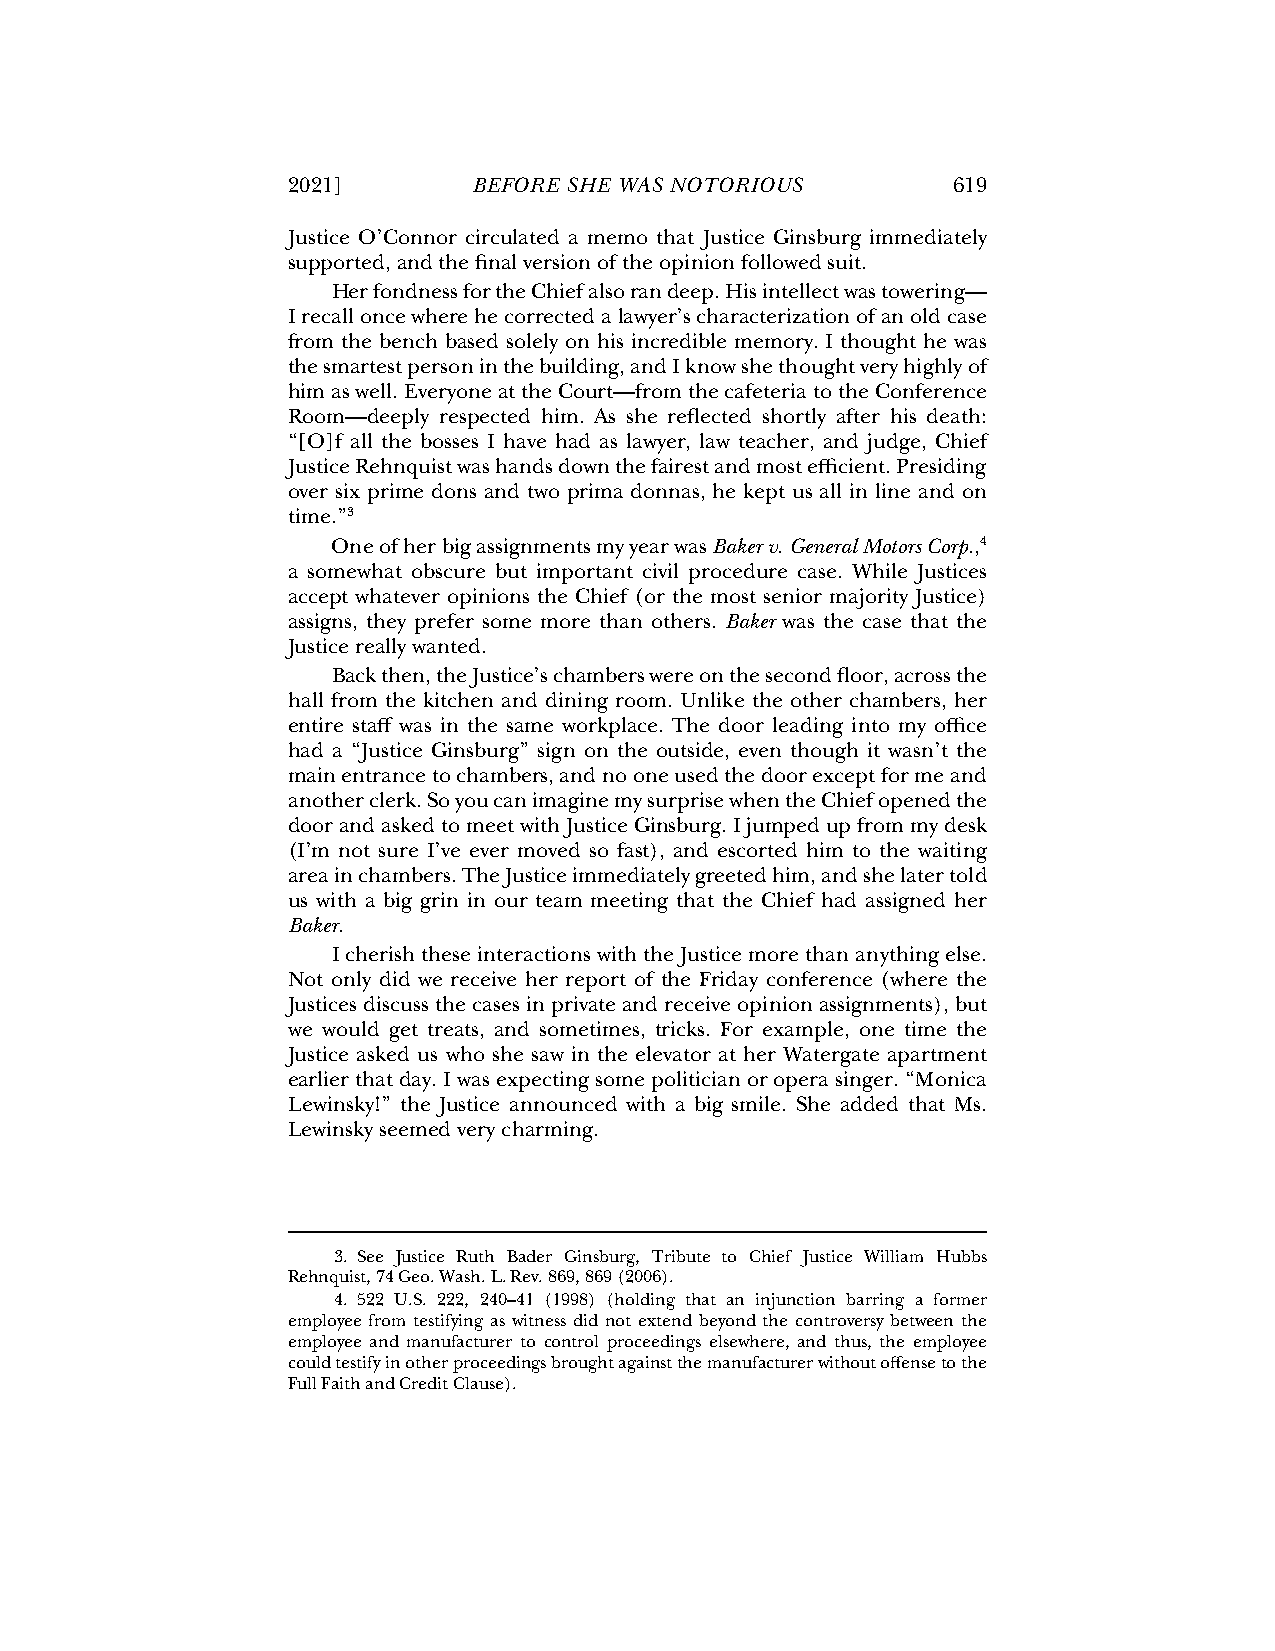
2021]       BEFORE SHE WAS NOTORIOUS        619
 Justice O’Connor circulated a memo that Justice Ginsburg immediately
 supported, and the final version of the opinion followed suit.
 Her fondness for the Chief also ran deep. His intellect was towering—
 I recall once where he corrected a lawyer’s characterization of an old case
 from the bench based solely on his incredible memory. I thought he was
 the smartest person in the building, and I know she thought very highly of
 him as well. Everyone at the Court—from the cafeteria to the Conference
 Room—deeply respected him. As she reflected shortly after his death:
 “[O]f all the bosses I have had as lawyer, law teacher, and judge, Chief
 Justice Rehnquist was hands down the fairest and most efficient. Presiding
 over six prime dons and two prima donnas, he kept us all in line and on
 time.”3
 One of her big assignments my year was Baker v. General Motors Corp.,4
 a somewhat obscure but important civil procedure case. While Justices
 accept whatever opinions the Chief (or the most senior majority Justice)
 assigns, they prefer some more than others. Baker was the case that the
 Justice really wanted.
 Back then, the Justice’s chambers were on the second floor, across the
 hall from the kitchen and dining room. Unlike the other chambers, her
 entire staff was in the same workplace. The door leading into my office
 had a “Justice Ginsburg” sign on the outside, even though it wasn’t the
 main entrance to chambers, and no one used the door except for me and
 another clerk. So you can imagine my surprise when the Chief opened the
 door and asked to meet with Justice Ginsburg. I jumped up from my desk
 (I’m not sure I’ve ever moved so fast), and escorted him to the waiting
 area in chambers. The Justice immediately greeted him, and she later told
 us with a big grin in our team meeting that the Chief had assigned her
 Baker.
 I cherish these interactions with the Justice more than anything else.
 Not only did we receive her report of the Friday conference (where the
 Justices discuss the cases in private and receive opinion assignments), but
 we would get treats, and sometimes, tricks. For example, one time the
 Justice asked us who she saw in the elevator at her Watergate apartment
 earlier that day. I was expecting some politician or opera singer. “Monica
 Lewinsky!” the Justice announced with a big smile. She added that Ms.
 Lewinsky seemed very charming.
 3. See Justice Ruth Bader Ginsburg, Tribute to Chief Justice William Hubbs
 Rehnquist, 74 Geo. Wash. L. Rev. 869, 869 (2006).
 4. 522 U.S. 222, 240–41 (1998) (holding that an injunction barring a former
 employee from testifying as witness did not extend beyond the controversy between the
 employee and manufacturer to control proceedings elsewhere, and thus, the employee
 could testify in other proceedings brought against the manufacturer without offense to the
 Full Faith and Credit Clause).